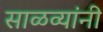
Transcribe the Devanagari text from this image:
साळव्यांनी